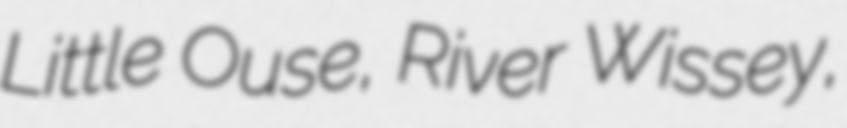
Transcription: Little Ouse, River Wissey,